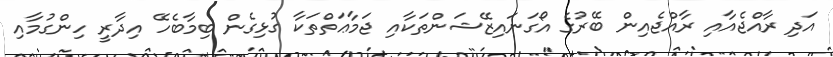
އަދި ރާއްޖެއާއި ރާއްޖެއިން ބޭރުގެ އޯގަނައިޒޭޝަންތަކާއި ޖަމާޢަތްތަކާ ގުޅިގެން ބިމާބެހޭ އިދާރީ ހިންގުމާއި